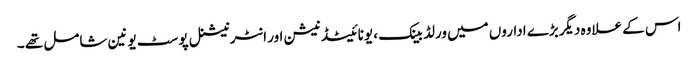
اس کے علاوہ دیگربڑے اداروں میں ورلڈ بینک ، یونائیٹڈ نیشن اور انٹرنیشنل پوسٹ یونین شامل تھے ۔